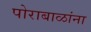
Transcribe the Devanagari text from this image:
पोराबाळांना